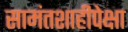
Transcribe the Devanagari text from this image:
सामंतशाहीपेक्षा